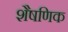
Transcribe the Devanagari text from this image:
शैषणिक